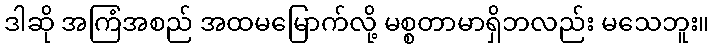
ဒါဆို အကြံအစည် အထမမြောက်လို့ မစ္စတာမာရှိဘလည်း မသေဘူး။